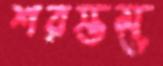
শরস্তম্ভ